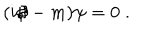
( i \partial \! \! \! / - m ) \psi = 0 \; .